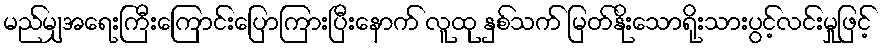
မည်မျှအရေးကြီးကြောင်းပြောကြားပြီးနောက် လူထု နှစ်သက် မြတ်နိုးသောရိုးသားပွင့်လင်းမှုဖြင့်